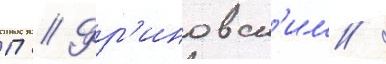
П // Фр'иновск'им /